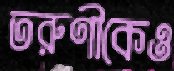
তরুণীকেও